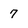
Character: 7